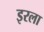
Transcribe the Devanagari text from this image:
इरला